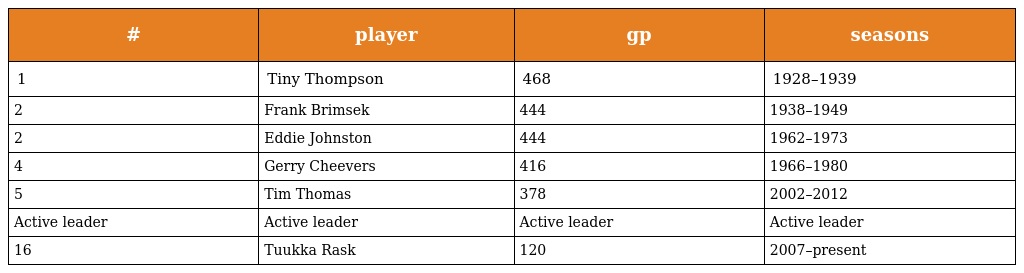
| # | player | gp | seasons |
 | --- | --- | --- | --- |
 | 1 | Tiny Thompson | 468 | 1928–1939 |
 | 2 | Frank Brimsek | 444 | 1938–1949 |
 | 2 | Eddie Johnston | 444 | 1962–1973 |
 | 4 | Gerry Cheevers | 416 | 1966–1980 |
 | 5 | Tim Thomas | 378 | 2002–2012 |
 | Active leader | Active leader | Active leader | Active leader |
 | 16 | Tuukka Rask | 120 | 2007–present |